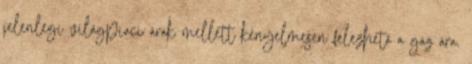
jelenlegi világpiaci árak mellett kényelmesen felezhető a gáz ára.